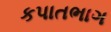
કપાતભાગ